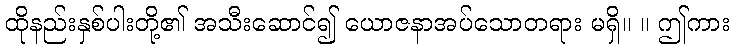
ထိုနည်းနှစ်ပါးတို့၏ အသီးဆောင်၍ ယောဇနာအပ်သောတရား မရှိ။ ။ ဤကား